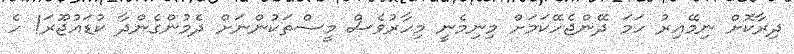
ދިރާކޮށް ނިމޭއިރު ހަމަ ދޭންޖެހޭކަމަށް މިނިމެނީ މިހާރުވެސް މީސްތަކުންނަށް ދެމުންގެންދާ ކުޑައުޖޫރަ! ހެ